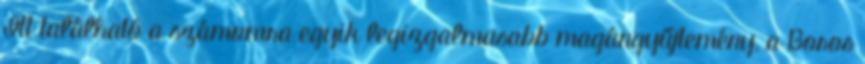
Itt található a számomra egyik legizgalmasabb magángyűjtemény, a Boros